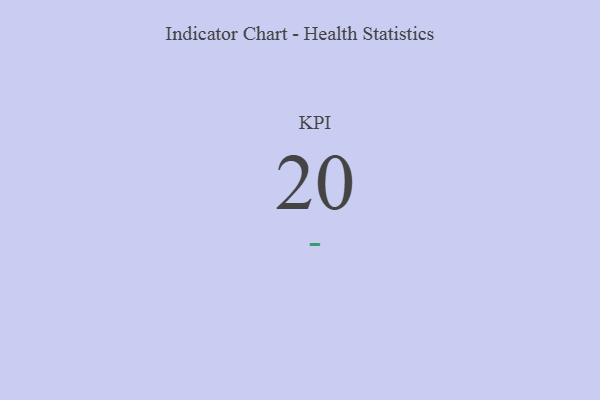
{"axis": {"x": "KPI", "y": "Value"}, "legend": [""], "data": [{"x": "KPI", "y": 20, "type": ""}]}